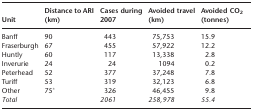
<table><thead><tr><td><b>Unit</b></td><td><b>Distance to ARI (km)</b></td><td><b>Cases during 2007</b></td><td><b>Avoided travel (km)</b></td><td><b>Avoided CO<sub>2</sub> (tonnes)</b></td></tr></thead><tbody><tr><td>Banff</td><td>90</td><td>443</td><td>75,753</td><td>15.9</td></tr><tr><td>Fraserburgh</td><td>67</td><td>455</td><td>57,922</td><td>12.2</td></tr><tr><td>Huntly</td><td>60</td><td>117</td><td>13,338</td><td>2.8</td></tr><tr><td>Inverurie</td><td>24</td><td>24</td><td>1094</td><td>0.2</td></tr><tr><td>Peterhead</td><td>52</td><td>377</td><td>37,248</td><td>7.8</td></tr><tr><td>Turiff</td><td>53</td><td>319</td><td>32,123</td><td>6.8</td></tr><tr><td>Other</td><td>75*</td><td>326</td><td>46,455</td><td>9.8</td></tr><tr><td><i>Total</i></td><td></td><td><i>2061</i></td><td><i>258,978</i></td><td><i>55.4</i></td></tr></tbody></table>